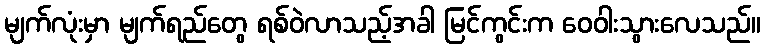
မျက်လုံးမှာ မျက်ရည်တွေ ရစ်ဝဲလာသည့်အခါ မြင်ကွင်းက ဝေဝါးသွားလေသည်။